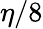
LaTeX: \eta/8